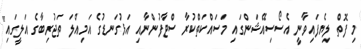
މި ފޮތް ލިޔެފައިވާނީ އެސޯސިއޭޝަންގައި މަސައްކަތްކުރާ ސްޓާފުންނާއި އަޅުގަނޑުގެ އަމިއްލަ ތަޖުރިބާގެ އަލީގައި"